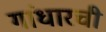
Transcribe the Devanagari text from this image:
गांधारची